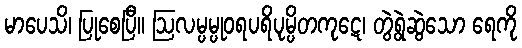
မာပေသိ၊ ပြုစေပြီ။ ဩလမ္ပမ္ပုဝရပရိပုမ္ပိတကုဋေ၊ တွဲရွဲဆွဲသော ရေကို